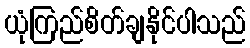
ယုံကြည်စိတ်ချနိုင်ပါသည်